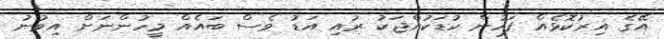
އޭގެ އިރުކޮޅެއް ފަހުން ކުޑަކުއްޖަކު ރުއި އަޑު ވެސް ބައެއް މީހުންނަށް އިވުނު